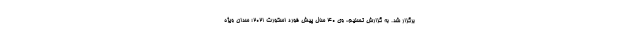
برگزار شد. به گزارش تسنیم، وی 40 سال پیش فورد اسکورت 2021؛ سدان ویژه